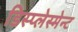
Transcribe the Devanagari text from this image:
डिस्प्लेस्मेन्ट